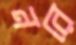
নরে